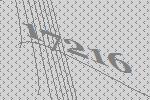
17216